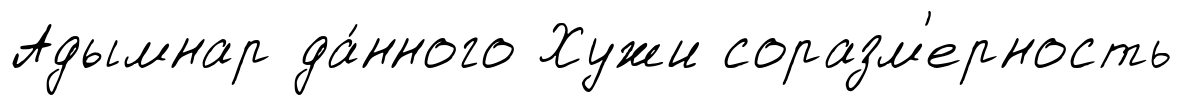
Адымнар да́нного Хужи соразм'ерность